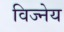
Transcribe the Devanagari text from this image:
विज्नेय